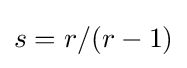
s=r/(r-1)